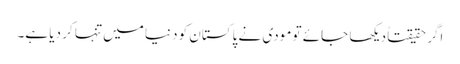
اگرحقیقتاً دیکھا جائے تو مودی نے پاکستان کو دنیا میں تنہا کر دیا ہے۔